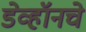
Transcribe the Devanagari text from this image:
डेव्हॉनचे